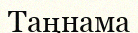
Таңнама